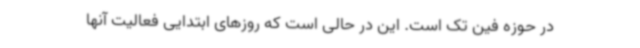
در حوزه فین تک است. این در حالی است که روزهای ابتدایی فعالیت آنها